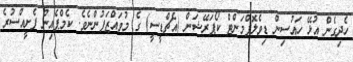
ހެދިގެން އުޅޭ ހައުސިން ޑިވެލޮޕްމަންޓް ކޯޕަރޭޝަން (އެޗްޑީސީ) ގެ މުވައްޒަފުންނެވެ. ކެމްޕެއިން ފެށީއްސުރެ